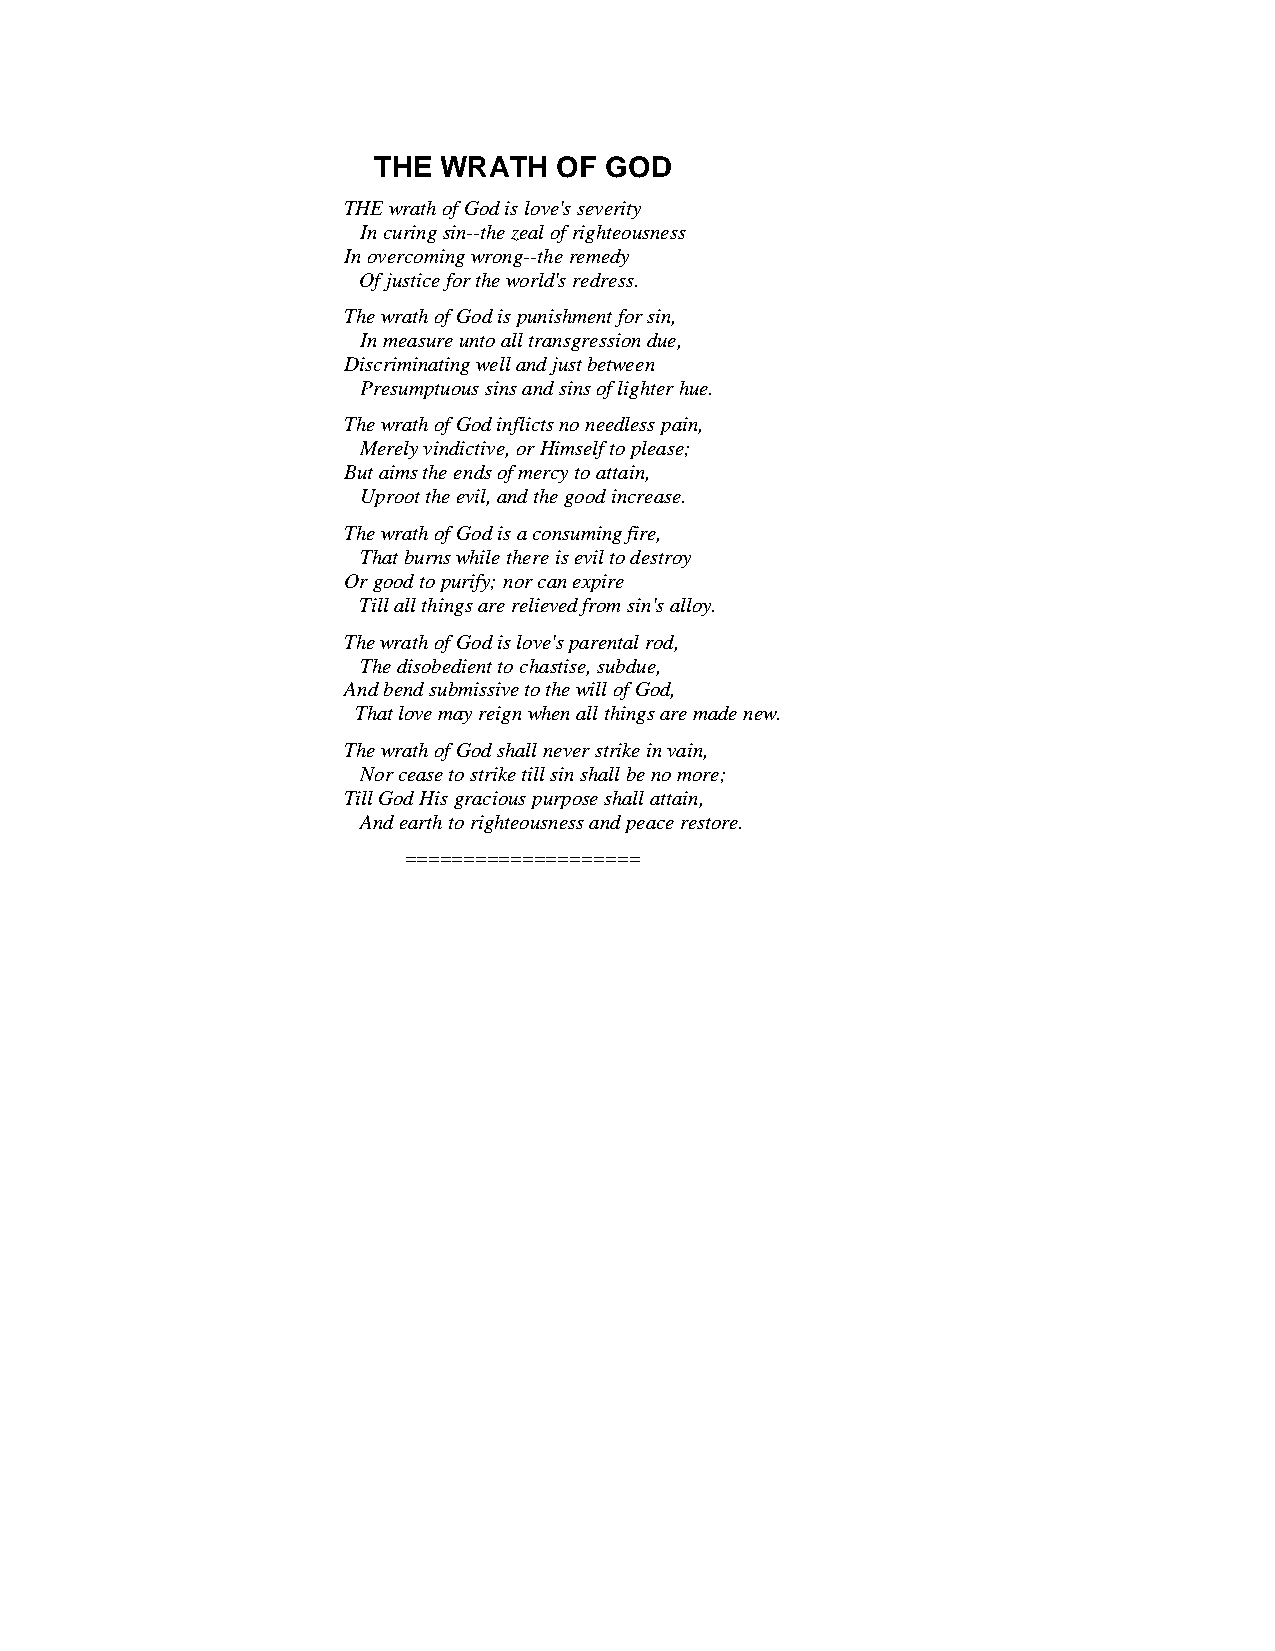
THE WRATH   OF GOD
 THE wrath of God is love's severity
 In curing sin--the zeal of righteousness
 In overcoming wrong--the remedy
 Of justice for the world's redress.
 The wrath of God is punishment for sin,
 In measure unto all transgression due,
 Discriminating well and just between
 Presumptuous sins and sins of lighter hue.
 The wrath of God inflicts no needless pain,
 Merely vindictive, or Himself to please;
 But aims the ends of mercy to attain,
 Uproot the evil, and the good increase.
 The wrath of God is a consuming fire,
 That burns while there is evil to destroy
 Or good to purify; nor can expire
 Till all things are relieved from sin's alloy.
 The wrath of God is love's parental rod,
 The disobedient to chastise, subdue,
 And bend submissive to the will of God,
 That love may reign when all things are made new.
 The wrath of God shall never strike in vain,
 Nor cease to strike till sin shall be no more;
 Till God His gracious purpose shall attain,
 And earth to righteousness and peace restore.
 ====================